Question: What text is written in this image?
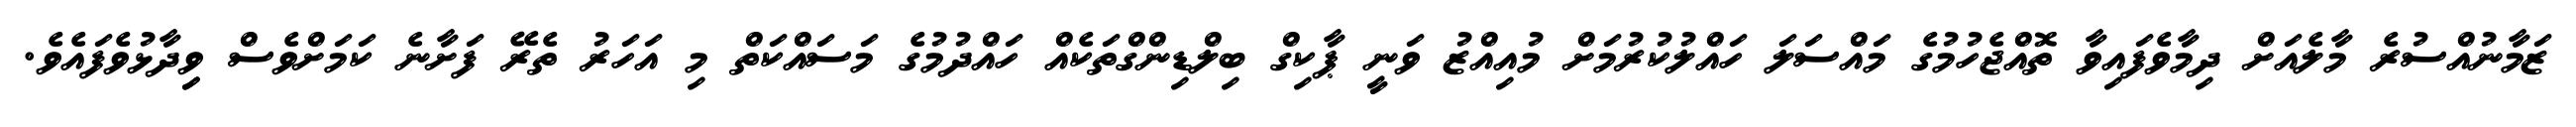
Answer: ޒަމާނުއްސުރެ މާލެއަށް ދިމާވެފައިވާ ތޮއްޖެހުމުގެ މައްސަލަ ހައްލުކުރުމަށް މުއިއްޒު ވަނީ ޕާކިގް ބިލްޑިންގްތަކެއް ހައްދުމުގެ މަސައްކަތް މި އަހަރު ތެރޭ ފަށާނެ ކަމަށްވެސް ވިިދާޅުވެފައެވެ.